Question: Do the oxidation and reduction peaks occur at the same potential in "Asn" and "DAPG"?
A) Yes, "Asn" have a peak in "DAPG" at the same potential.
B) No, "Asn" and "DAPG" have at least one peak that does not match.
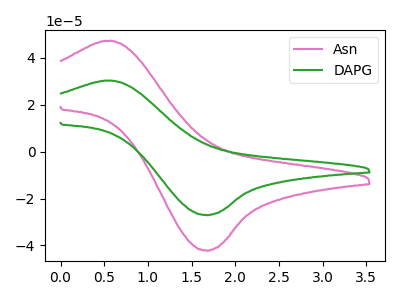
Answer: <think>The pink curve "Asn" has an anodic peak at (0.60V, 47.20uA) and a cathodic peak at (1.65V, -42.25uA). The green curve "DAPG" has an anodic peak at (0.60V, 30.25uA) and a cathodic peak at (1.65V, -27.10uA).</think>
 <answer>A) Yes, "Asn" have a peak in "DAPG" at the same potential.</answer>
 <eval>A</eval>